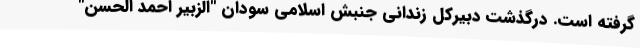
گرفته است. درگذشت دبیرکل زندانی جنبش اسلامی سودان "الزبیر احمد الحسن"